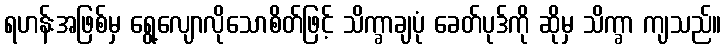
ရဟန်းအဖြစ်မှ ရွေ့လျောလိုသောစိတ်ဖြင့် သိက္ခာချပုံ ခေတ်ပုဒ်ကို ဆိုမှ သိက္ခာ ကျသည်။